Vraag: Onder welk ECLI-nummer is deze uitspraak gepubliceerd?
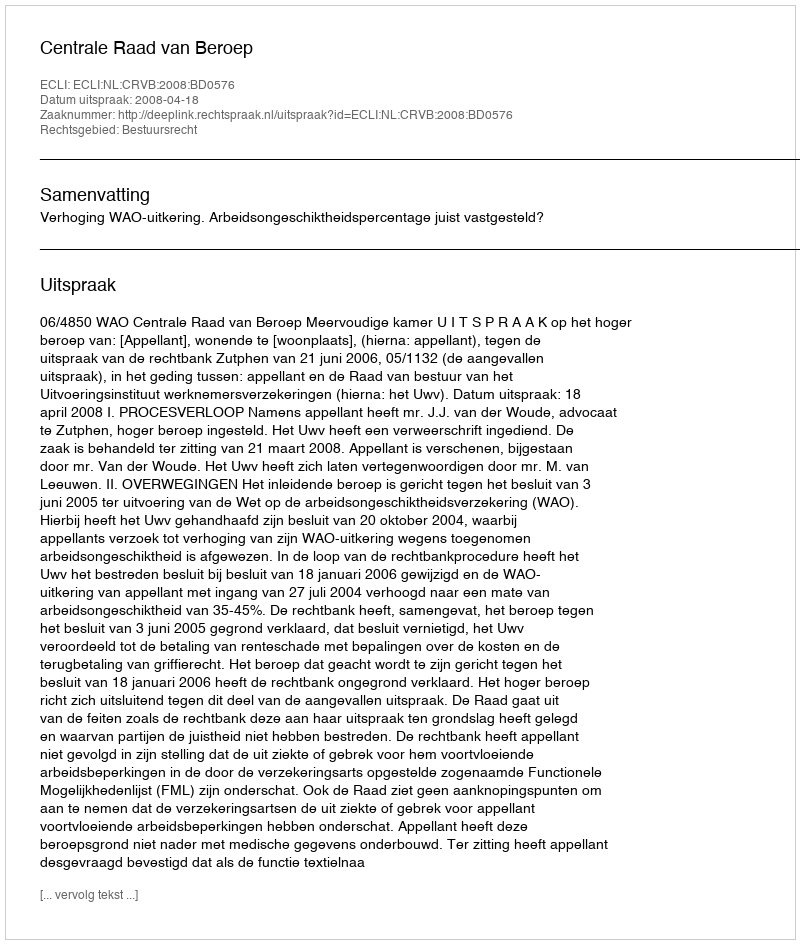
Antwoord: ECLI:NL:CRVB:2008:BD0576